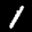
Label: 1